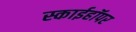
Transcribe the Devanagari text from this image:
स्काईहॉपर